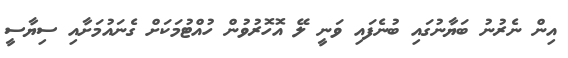
އިން ނެރުނު ބަޔާނުގައި ބުނެފައި ވަނީ ލޭ އޮހޮރުވުން ހުއްޓުމަކަށް ގެނައުމަށާއި ސިޔާސީ